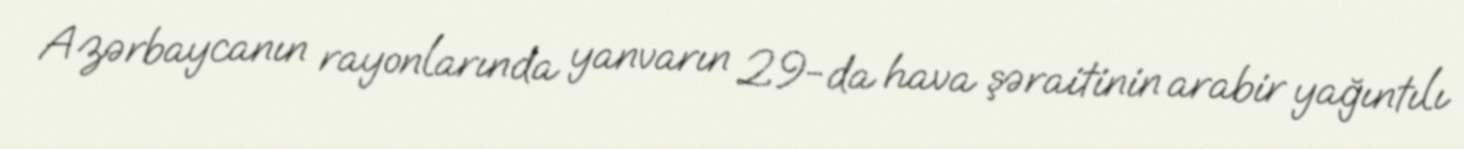
Azərbaycanın rayonlarında yanvarın 29-da hava şəraitinin arabir yağıntılı